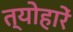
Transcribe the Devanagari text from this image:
त्योहारें